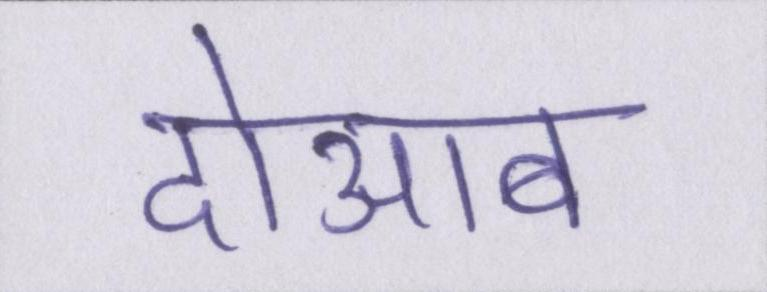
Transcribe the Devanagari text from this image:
दोआब